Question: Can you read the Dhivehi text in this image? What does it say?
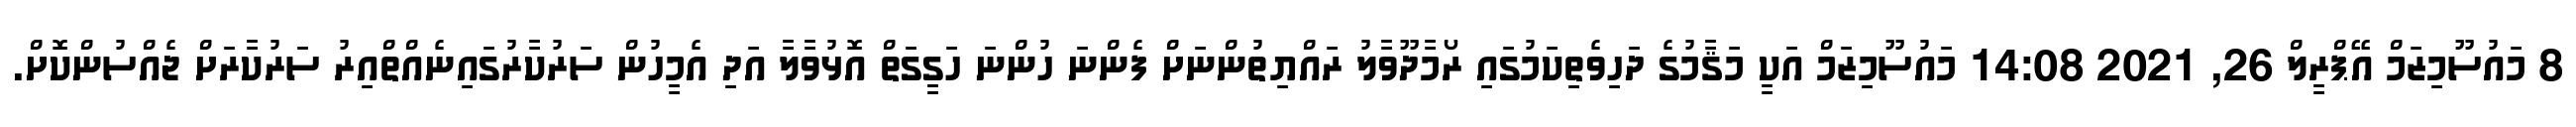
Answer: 8 މައުސޫމިޒަމް އޭޕްރީލް 26, 2021 14:08 މައުސޫމިޒަމް އަކީ މަޤާމުގެ ދަހިވެތިކަމުގައި ރޯމާދޫވާލު ރައްޔިތުންނަށް ފެންނަ ހުންނަ ހަގީގަތް އޮޅުވާލާ އަދި އެމީހުން ސަރުކާރުގައިނެއްތްއިރު ސަރުކާރަށް ޖެއްސުންކޮށް.